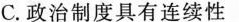
C.政治制度具有连续性